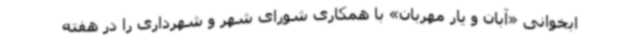
ابخوانی «آبان و یار مهربان» با همکاری شورای شهر و شهرداری را در هفته